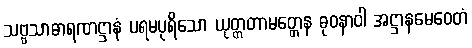
သဗ္ဗသာဓာရဏဋ္ဌာနံ ပရမပုရိသော ယုတ္တတာမတ္တေန ဓုဝနာဝါ အဋ္ဌာနမေဝေတံ